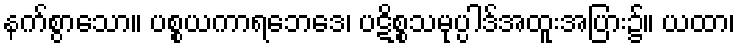
နက်စွာသော။ ပစ္စယကာရဘေဒေ၊ ပဋိစ္စသမုပ္ပါဒ်အထူးအပြား၌။ ယထာ၊